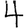
Digit: 4